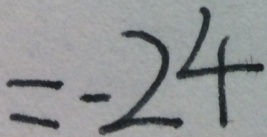
= - 2 4